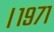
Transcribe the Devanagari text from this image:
।१९७१